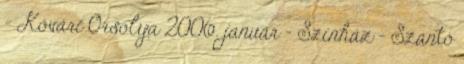
- Kővári Orsolya 2006. január - Színház - Szántó